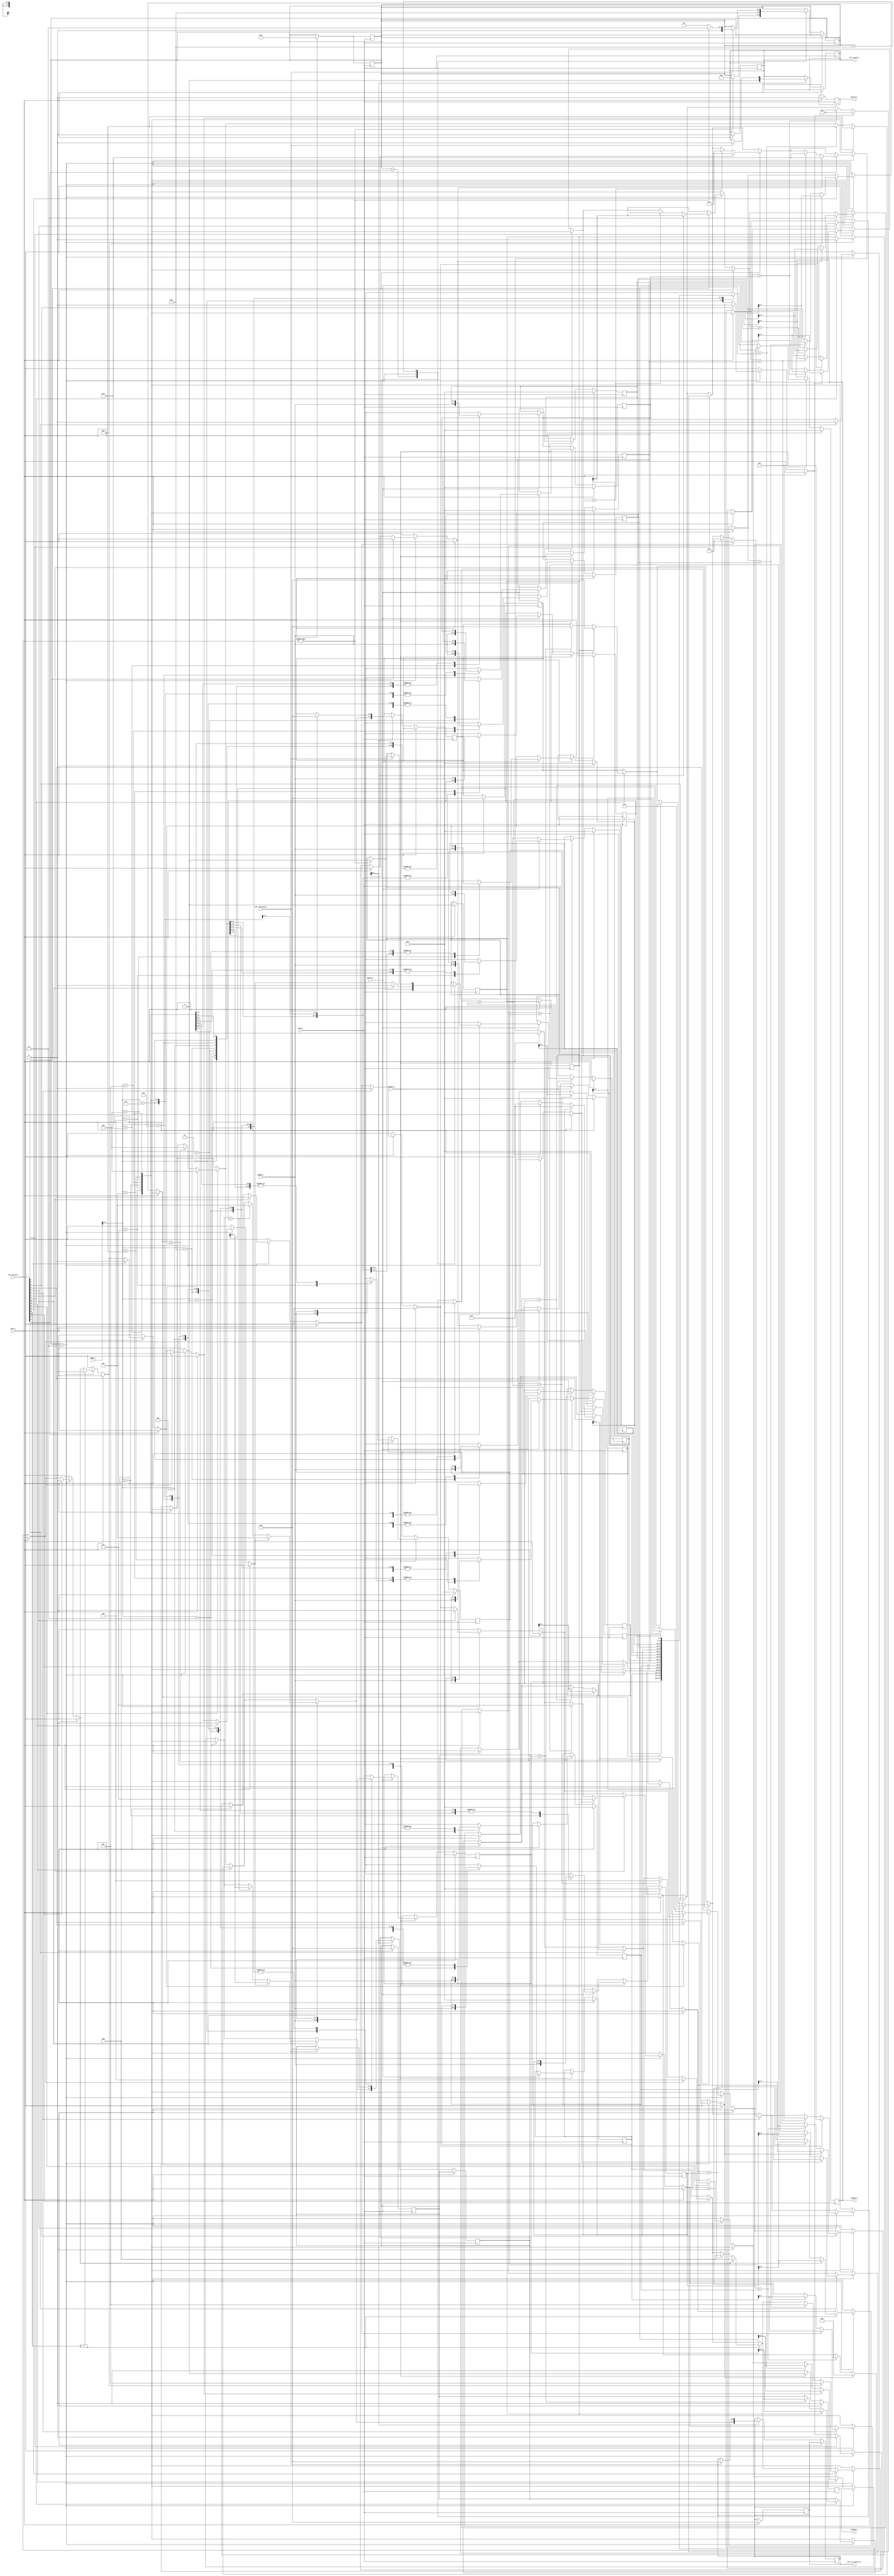
`timescale 1ns/1ps
module ic_code(
// processor
pclk_i,prst_i,paddr_i,pwdata_i,prdata_o,pwrite_i,penable_i,pready_o,perror_o,intr_valid_o,intr_to_service_o,intr_serviced_i,
// peripherals
intr_active_i
);

parameter NUM_INTR=16;   // NO OF PERIPHERALS
parameter S_NO_INTR=3'b001;
parameter S_INTR_ACTIVE=3'b010;
parameter S_INTR_GIVEN_WAIT_FOR_SERVICE=3'b100;

// INPUTS
input pclk_i,prst_i,pwrite_i,penable_i,intr_serviced_i;
input [7:0] pwdata_i;
input [7:0] paddr_i;
input [15:0] intr_active_i;

// OUTPUTS
output reg [7:0] prdata_o;
output reg pready_o;
output reg perror_o;
output reg intr_valid_o;
output reg [3:0] intr_to_service_o;     // this is related to parameter NUM_INR=16=2^4...that only is represented over here

integer i;
reg [2:0] state,next_state;
reg first_match_f;
reg [3:0] current_high_priority;
reg [3:0] intr_with_high_priority;

// Register declaration
reg [7:0] priority_regA[NUM_INTR-1:0];

// Register programming
always @(posedge pclk_i)
begin
  if (prst_i==1)
      begin
        // make all reg variables as 0.
        prdata_o=0;
        pready_o=0;
        perror_o=0;
        intr_to_service_o=0;
        intr_valid_o=0;
        first_match_f=1;
        current_high_priority=0;
        intr_with_high_priority=0;
        for (i=0;i<NUM_INTR;i=i+1)
          begin
           priority_regA[i]=0;
          end
        state=S_NO_INTR;
        next_state=S_NO_INTR;
      end
  else
      begin
         if (penable_i==1)
            begin
               pready_o=1; 
               if (pwrite_i==1)
                  begin
                    priority_regA[paddr_i]=pwdata_i;
                  end 
                else
                    begin
                      prdata_o=priority_regA[paddr_i];
                    end
            end
         else
            begin
              pready_o=0;
            end
      end
end

// Interrupt Handling

always @(posedge pclk_i)
begin
  if (prst_i !=1)
    begin
       case (state)
          S_NO_INTR: begin
                        if (intr_active_i !=0)
                          begin 
                          next_state=S_INTR_ACTIVE;
                          first_match_f=1;
                          end
                     end
          S_INTR_ACTIVE: begin
                         // GET THE HIGHEST PRIORITY INTERRUPT AMONG ALL THE ACTIVE INTERRUPT AND GIVE IT TO PROCESSOR & THEN JUMP TO NEXT STATE
                         for (i=0;i<NUM_INTR;i=i+1)
                           begin
                             if (intr_active_i[i]==1)
                               begin
                                  if (first_match_f==1)
                                     begin
                                        current_high_priority=priority_regA[i];
                                        intr_with_high_priority=i;
                                        first_match_f=0;
                                     end
                                   else 
                                      begin
                                         if (current_high_priority<priority_regA[i])
                                            begin
                                              current_high_priority=priority_regA[i];
                                              intr_with_high_priority=i;
                                            end
                                      end
                               end
                              
                           end
                         // at the end of this, we will get current_high_priority and intr_with_high_priority

                         intr_to_service_o=intr_with_high_priority;       // Here, we are givng the intr_with_high_priority to the processsor,so that it can do the needful 
                         intr_valid_o=1;
                         next_state=S_INTR_GIVEN_WAIT_FOR_SERVICE;
                         end
          S_INTR_GIVEN_WAIT_FOR_SERVICE: begin
                                           if (intr_serviced_i==1)     // this will tell that processor has answered the interrupt
                                              begin
                                              intr_to_service_o=0;   // so that interrupt is dropped now move to next interrupt
                                              intr_valid_o=0;
                                              intr_with_high_priority=0;
                                              current_high_priority=0;    
                                                 if (intr_active_i !=0)   // this will check are there any further interrupts 
                                                    begin
                                                       next_state=S_INTR_ACTIVE;  // if interrupt arev present then go t S_INTR_ACTIVE state
                                                       first_match_f=1;
                                                    end
                                                 else
                                                    begin
                                                      next_state=S_NO_INTR;   // if no further interrupt, go to S_NO_INTR state
                                                    end
                                              end
                                         end
       endcase
    end
end

always @(next_state)
 state=next_state;

endmodule